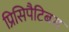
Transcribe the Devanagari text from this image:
प्रिसिपैटिबस